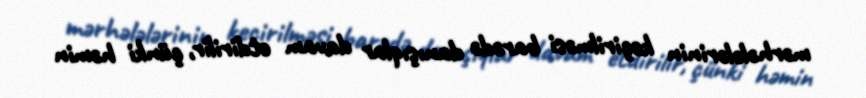
mərhələlərinin keçirilməsi barədə danışıqlar davam etdirilir, çünki həmin